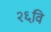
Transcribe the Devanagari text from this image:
२६वि